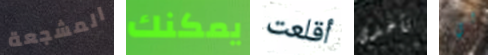
المشجعة يمكنك أقلعت تأخذى لي